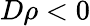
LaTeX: D\rho<0